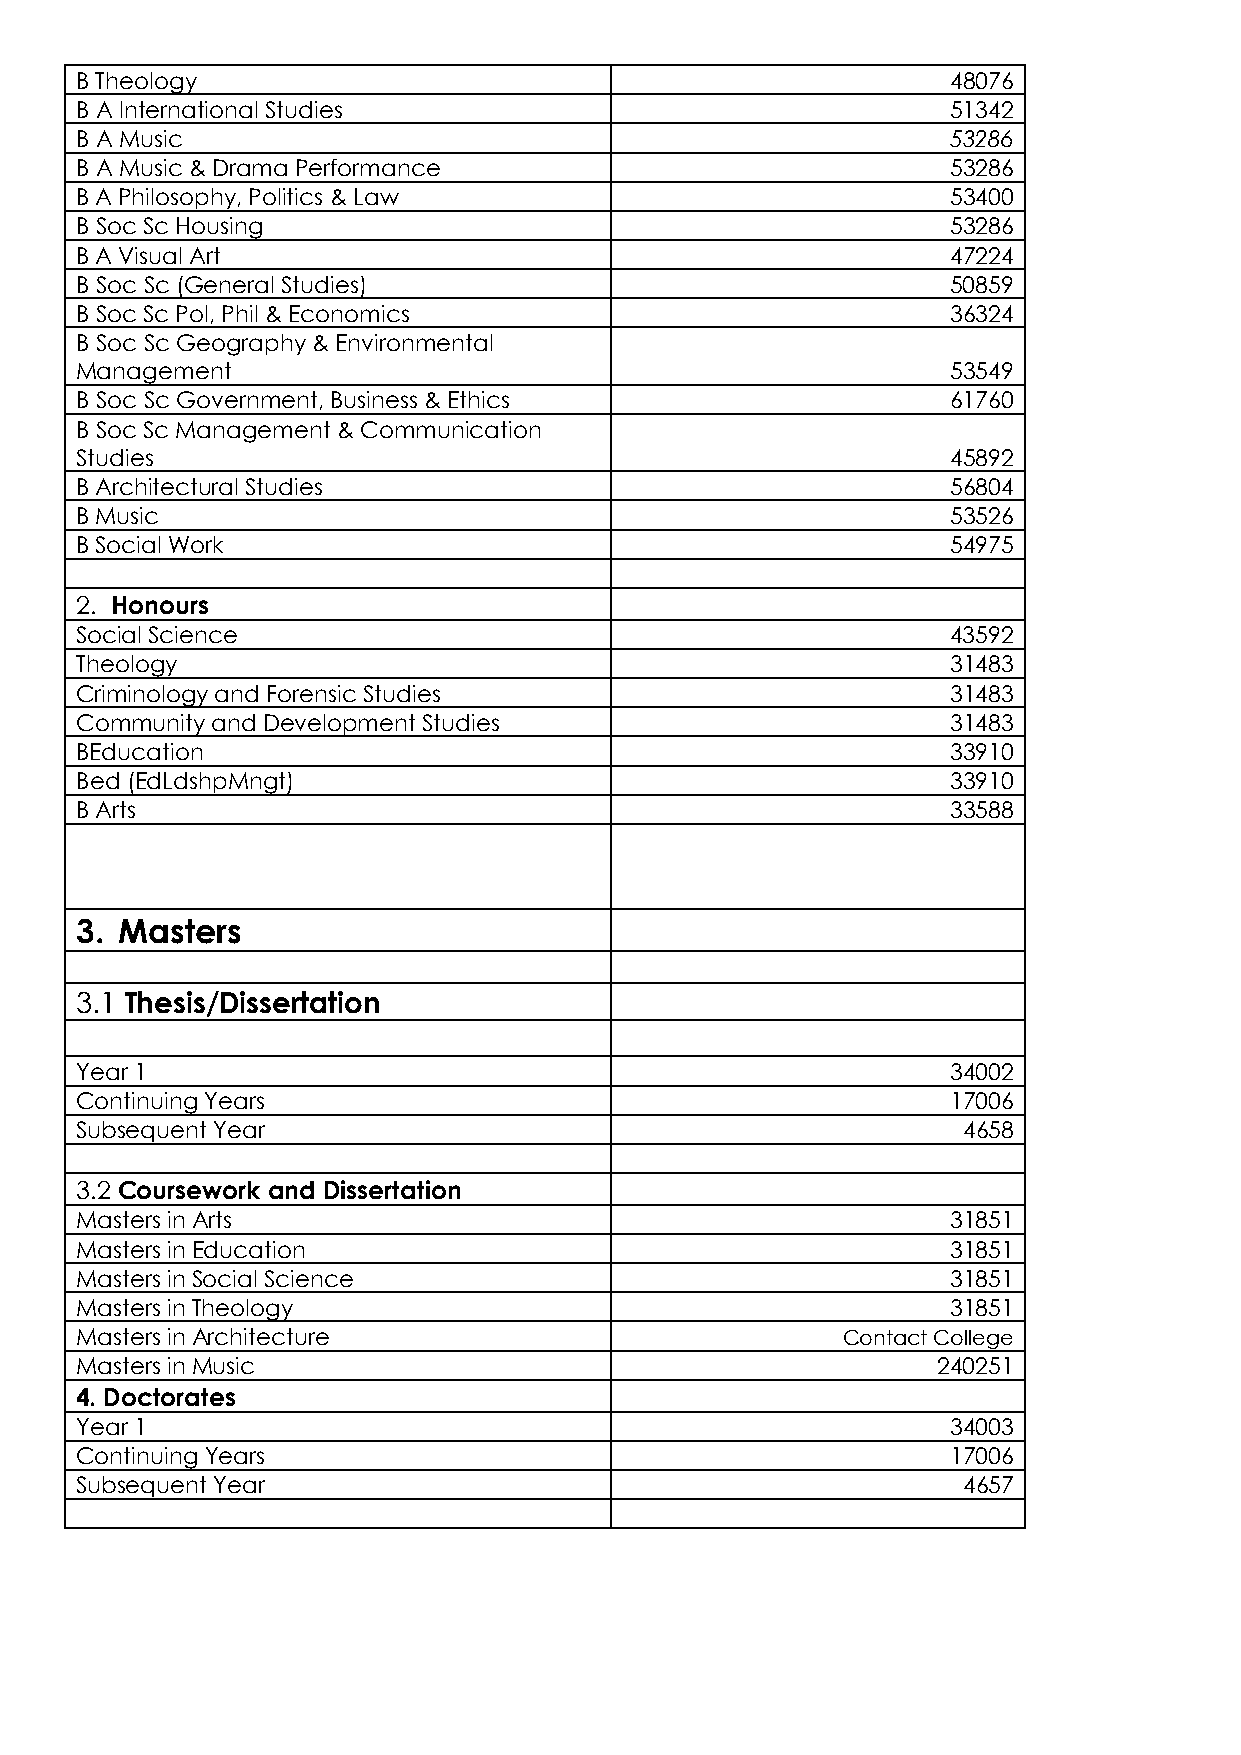
B Theology                                                48076
 B A International Studies                                 51342
 B A Music                                                 53286
 B A Music & Drama Performance                             53286
 B A Philosophy, Politics & Law                            53400
 B Soc Sc Housing                                          53286
 B A Visual Art                                            47224
 B Soc Sc (General Studies)                                50859
 B Soc Sc Pol, Phil & Economics                            36324
 B Soc Sc Geography & Environmental
 Management                                                53549
 B Soc Sc Government, Business & Ethics                    61760
 B Soc Sc Management & Communication
 Studies                                                   45892
 B Architectural Studies                                   56804
 B Music                                                   53526
 B Social Work                                             54975
 2. Honours
 Social Science                                            43592
 Theology                                                  31483
 Criminology and Forensic Studies                          31483
 Community and Development Studies                         31483
 BEducation                                                33910
 Bed (EdLdshpMngt)                                         33910
 B Arts                                                    33588
 3. Masters
 3.1 Thesis/Dissertation
 Year 1                                                    34002
 Continuing Years                                          17006
 Subsequent Year                                            4658
 3.2 Coursework and Dissertation
 Masters in Arts                                           31851
 Masters in Education                                      31851
 Masters in Social Science                                 31851
 Masters in Theology                                       31851
 Masters in Architecture                            Contact College
 Masters in Music                                         240251
 4. Doctorates
 Year 1                                                    34003
 Continuing Years                                          17006
 Subsequent Year                                            4657